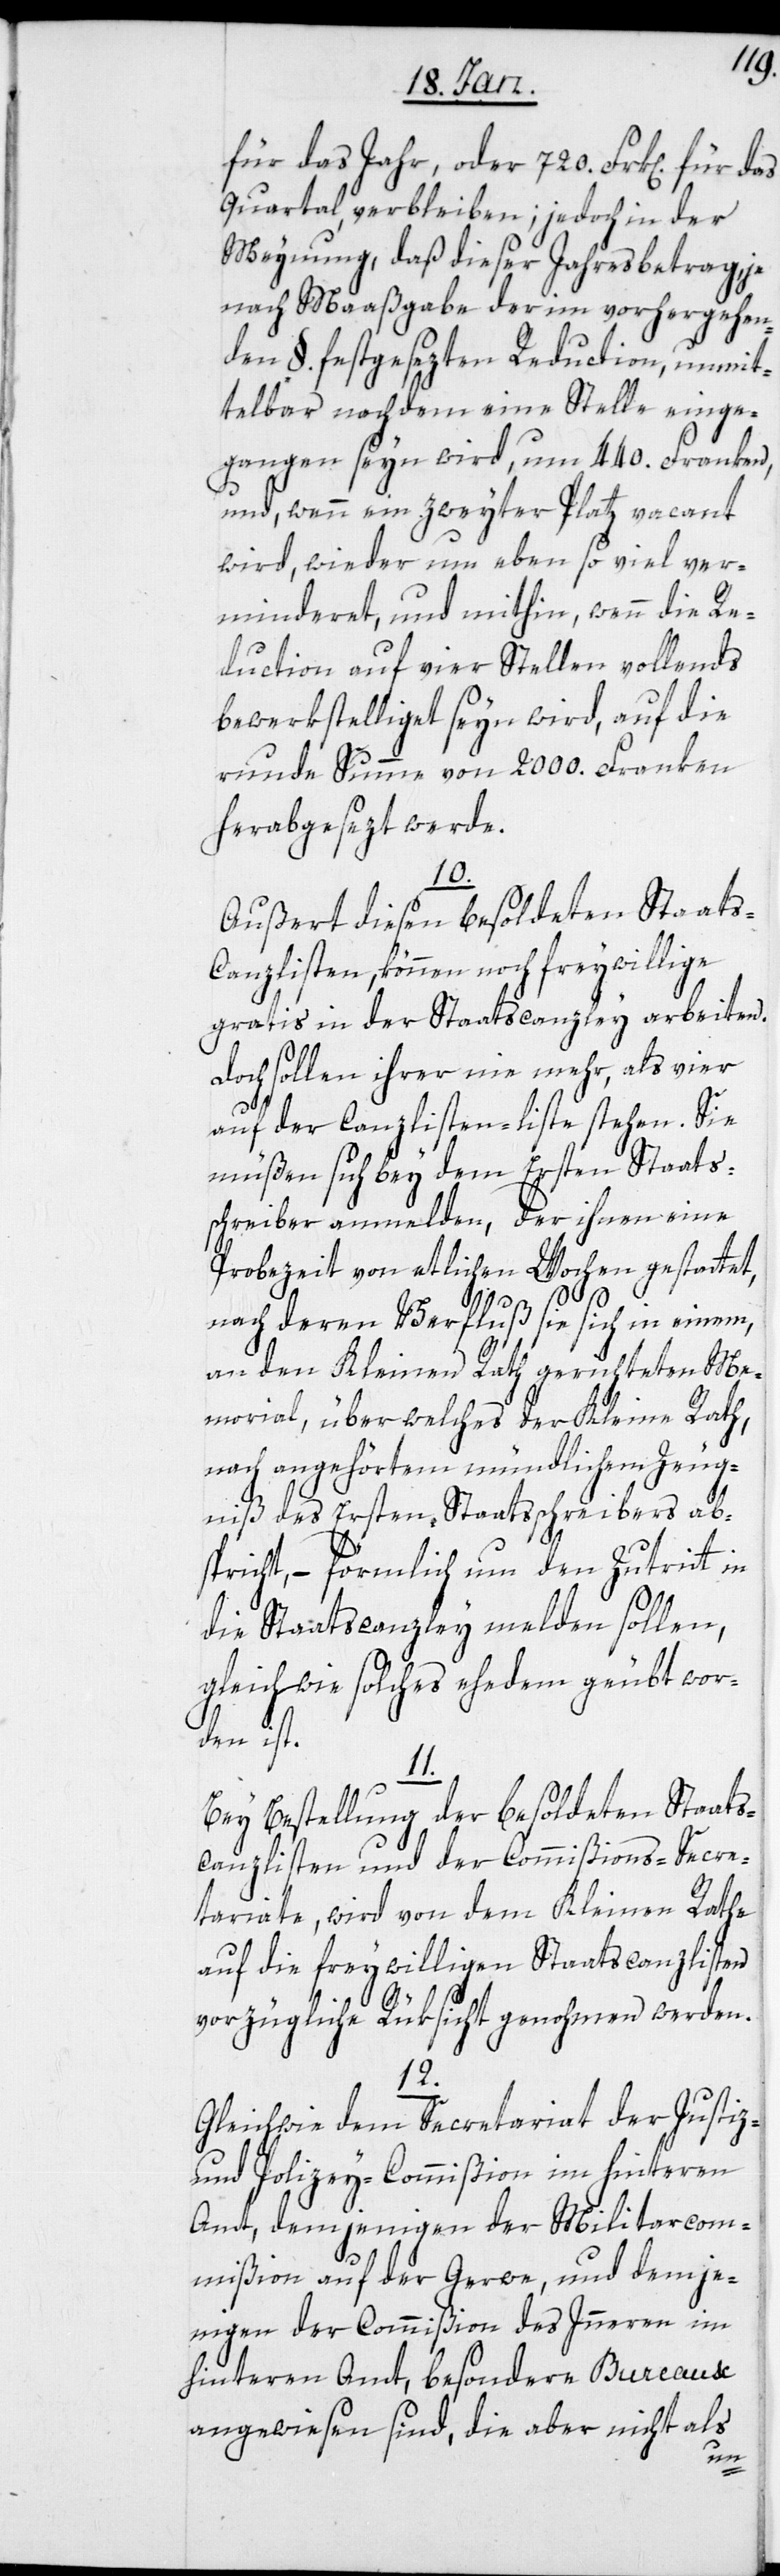
für das Jahr, oder 720. Frk[en]. für
Quartal verbleiben; jedoch in der
Meynung, daß dieser Jahresbetrag, je
nach Maaßgabe der im vorhergehen¬
den §. festgesezten Reduction, unmit¬
telbar nach dem eine Stelle einge¬
gangen seyn wird, um 440. Franken,
und, wenn ein zweyter Platz vacant
wird, wieder um eben soviel ver¬
minderet, und mithin, wenn die Re¬
duction auf vier Stellen vollends
bewerkstelliget seyn wird, auf die
runde Summe von 2000. Franken
herabgesezt werde.
10.
Außert diesen besoldeten Staats-C¬
anzlisten, können noch freywillige
gratis in der Staatscanzley arbeiten.
Doch sollen ihrer nie mehr, als vier
auf der Canzlisten-liste stehen. Sie
müßen sich bey dem ersten Staats¬
schreiber anmelden, der ihnen eine
Probezeit von etlichen Wochen gestattet,
nach deren Verfluß sie sich in einem,
an den Kleinen Rath gerichteten Me¬
morial, über welches der Kleine Rath,
nach angehörtem mündlichen Zeug¬
niß des Ersten Staatsschreibers ab¬
spricht, – förmlich um den Zutritt in
die Staatscanzley melden sollen,
gleichwie solches ehedem geübt wor¬
den ist.
11.
Bey Bestellung der besoldeten Staats¬
canzlisten und der Commißions-Secre¬
tariate, wird von dem Kleinen Rathe
auf die freywilligen Staatscanzlisten
vorzügliche Rüksicht genohmen werden.
12.
Gleichwie dem Secretariat der Justiz-
und Polizey-Commißion in hinteren
Amt, demjenigen der Militarcom¬
mißion auf der Gerwe, und demje¬
nigen der Commißion des Inneren im
hinteren Amt, besondere Bureaux
angewiesen sind, die aber nicht als